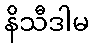
နိသီဒါမ